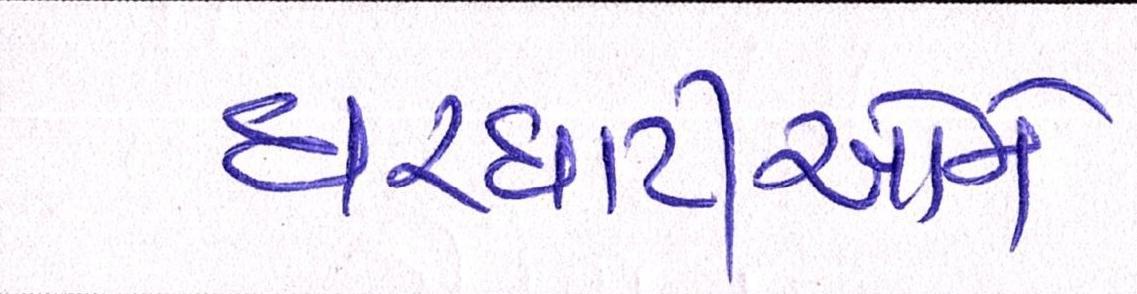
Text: ઘરઘાટીઓને